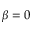
\beta = 0